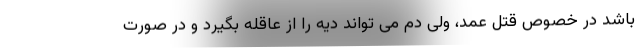
باشد در خصوص قتل عمد، ولی دم می تواند دیه را از عاقله بگیرد و در صورت